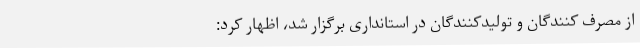
از مصرف کنندگان و تولیدکنندگان در استانداری برگزار شد، اظهار کرد: